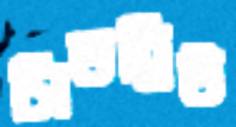
সিডব্লিউ